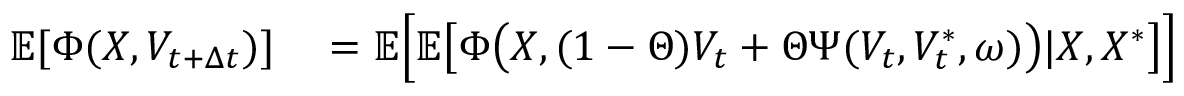
\begin{array} { r l } { \mathbb { E } [ \Phi ( X , V _ { t + \Delta { t } } ) ] } & { { } = \mathbb { E } \Bigl [ \mathbb { E } \bigl [ \Phi \bigl ( X , ( 1 - \Theta ) V _ { t } + \Theta \Psi ( V _ { t } , V _ { t } ^ { \ast } , \omega ) \bigr ) \vert X , X ^ { \ast } \bigr ] \Bigr ] } \end{array}